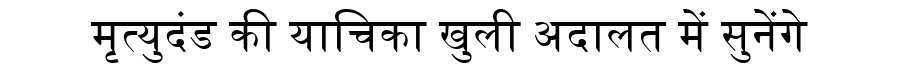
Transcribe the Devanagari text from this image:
मृत्युदंड की याचिका खुली अदालत में सुनेंगे